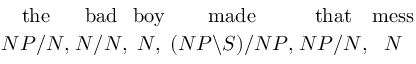
{ { \mathrm { t h e } } \atop { N P / N , } } { { \mathrm { b a d } } \atop { N / N , } } { { \mathrm { b o y } } \atop { N , } } { { \mathrm { m a d e } } \atop { ( N P \backslash S ) / N P , } } { { \mathrm { t h a t } } \atop { N P / N , } } { { \mathrm { m e s s } } \atop { N } }